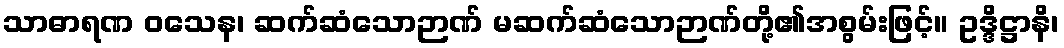
သာဓာရဏ ဝသေန၊ ဆက်ဆံသောဉာဏ် မဆက်ဆံသောဉာဏ်တို့၏အစွမ်းဖြင့်။ ဥဒ္ဒိဋ္ဌာနိ၊